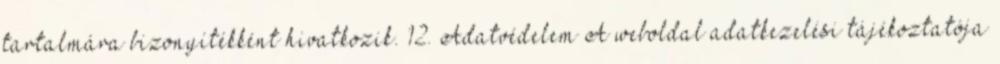
tartalmára bizonyítékként hivatkozik. 12. Adatvédelem A weboldal adatkezelési tájékoztatója